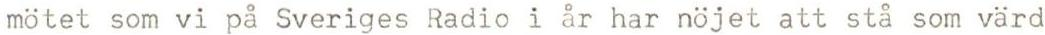
mötet som vi på Sveriges Radio i år har nöjet att stå som värd